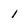
Character: 1